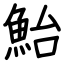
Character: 鮐